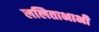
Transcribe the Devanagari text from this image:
ललिताभाभी